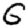
Digit: 6